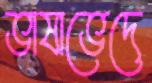
ভাষাভেদে